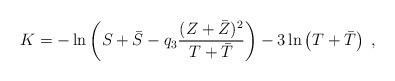
LaTeX: \begin{align*}K = -\ln\left( S+\bar{S}-q_3\frac{(Z+\bar{Z})^2}{T+\bar{T}}\right) -3\ln\left( T+\bar{T}\right)\; , \end{align*}